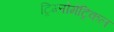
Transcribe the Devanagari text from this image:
ट्रिग्लोमेट्रिकल